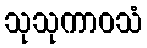
သုသုကာဝသံ